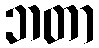
ဘတာ